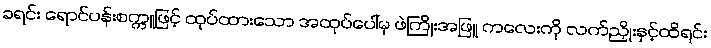
ခရင်း ရောင်ပန်းစက္ကူဖြင့် ထုပ်ထားသော အထုပ်ပေါ်မှ ဖဲကြိုးအဖြူ ကလေးကို လက်ညှိုးနှင့်ထိရင်း